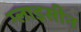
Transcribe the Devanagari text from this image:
ग्लाइसीन